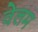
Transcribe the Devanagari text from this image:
वेलम